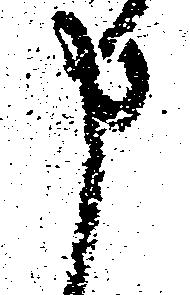
申